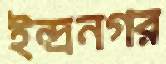
ইন্দ্রনগর